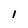
Character: 1